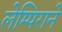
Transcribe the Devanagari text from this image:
लेम्पिराने